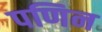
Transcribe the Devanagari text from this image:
पणिन